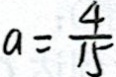
a = \frac { 4 } { 1 5 }